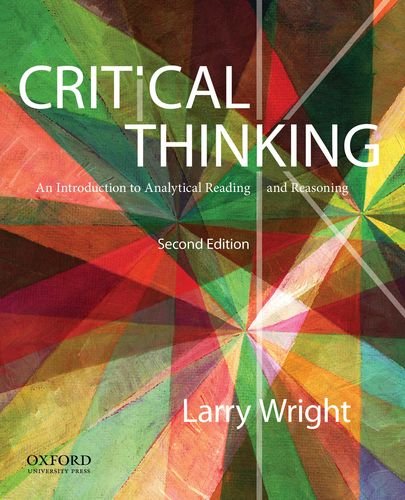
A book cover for Critical Thinking: An Introduction to Analytical Reading and Reasoning; Larry Wright; Politics & Social Sciences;